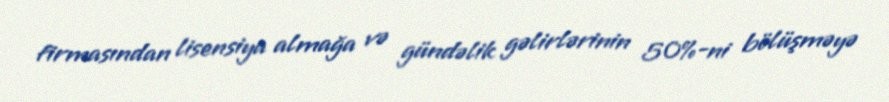
firmasından lisensiya almağa və gündəlik gəlirlərinin 50%-ni bölüşməyə